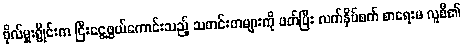
ဗိုလ်မှူးရွိုင်းက ငြီးငွေ့ဖွယ်ကောင်းသည့် သတင်းစာများကို ဖတ်ပြီး လက်နှိပ်စက် စာရေးမ လူစီ၏